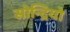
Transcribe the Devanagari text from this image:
सोन्द्रियो